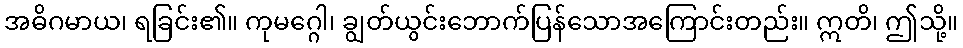
အဓိဂမာယ၊ ရခြင်း၏။ ကုမဂ္ဂေါ၊ ချွတ်ယွင်းဘောက်ပြန်သောအကြောင်းတည်း။ ဣတိ၊ ဤသို့။